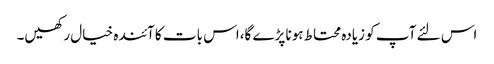
اس لئے آپ کو زیادہ محتاط ہونا پڑے گا،اس بات کا آئندہ خیال رکھیں۔